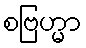
စဗြဟ္မာ